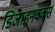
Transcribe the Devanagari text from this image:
डिजाइनवर्क्स